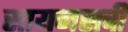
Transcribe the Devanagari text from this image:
सायनसची